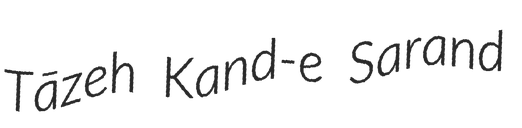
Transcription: Tāzeh Kand-e Sarand